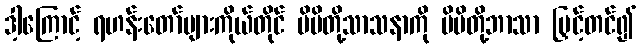
ဒါ့ကြောင့် ရဟန်းတော်များကိုယ်တိုင် မိမိတို့သာသနာကို မိမိတို့ဘာသာ မြှင့်တင်၍